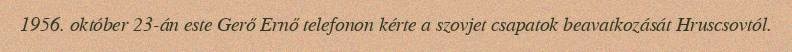
1956. október 23-án este Gerő Ernő telefonon kérte a szovjet csapatok beavatkozását Hruscsovtól.